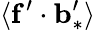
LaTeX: \langle{{\mathbf{f}}^{\prime}\cdot{\mathbf{b}}_{\ast}^{\prime}}\rangle